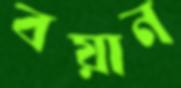
বয়ান